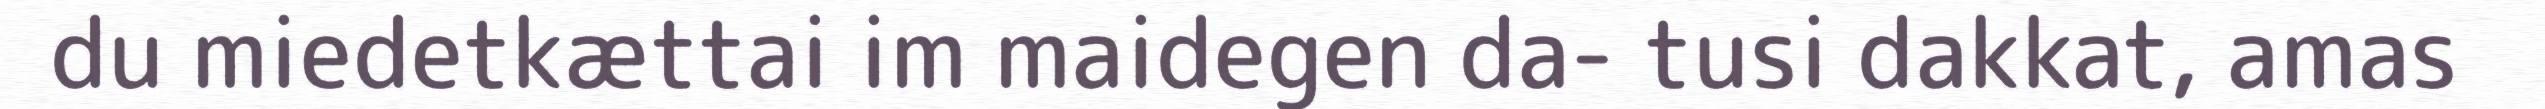
du miedetkættai im maidegen da- tusi dakkat, amas